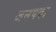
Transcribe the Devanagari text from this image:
जनपदा